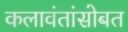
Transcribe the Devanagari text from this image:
कलावंतांसोबत